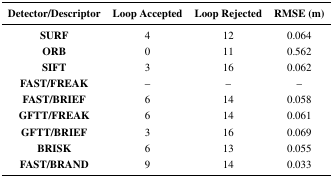
<table><thead><tr><td><b>Detector/Descriptor</b></td><td><b>Loop Accepted</b></td><td><b>Loop Rejected</b></td><td><b>RMSE (m)</b></td></tr></thead><tbody><tr><td><b>SURF</b></td><td>4</td><td>12</td><td>0.064</td></tr><tr><td><b>ORB</b></td><td>0</td><td>11</td><td>0.562</td></tr><tr><td><b>SIFT</b></td><td>3</td><td>16</td><td>0.062</td></tr><tr><td><b>FAST/FREAK</b></td><td>–</td><td>–</td><td>–</td></tr><tr><td><b>FAST/BRIEF</b></td><td>6</td><td>14</td><td>0.058</td></tr><tr><td><b>GFTT/FREAK</b></td><td>6</td><td>14</td><td>0.061</td></tr><tr><td><b>GFTT/BRIEF</b></td><td>3</td><td>16</td><td>0.069</td></tr><tr><td><b>BRISK</b></td><td>6</td><td>13</td><td>0.055</td></tr><tr><td><b>FAST/BRAND</b></td><td>9</td><td>14</td><td>0.033</td></tr></tbody></table>